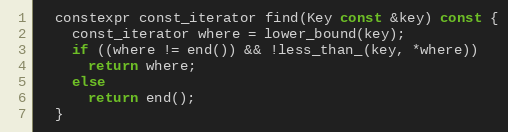
Language: C
  constexpr const_iterator find(Key const &key) const {
    const_iterator where = lower_bound(key);
    if ((where != end()) && !less_than_(key, *where))
      return where;
    else
      return end();
  }